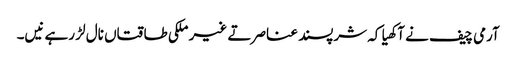
آرمی چیف نے آکھیا کہ شرپسند عناصر تے غیر ملکی طاقتاں نال لڑ رہے نیں۔